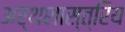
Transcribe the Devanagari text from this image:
अर्थशास्त्रिय